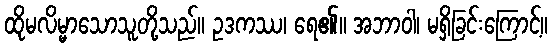
ထိုမလိမ္မာသောသူတို့သည်။ ဥဒကဿ၊ ရေ၏။ အဘာဝါ၊ မရှိခြင်းကြောင့်။